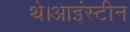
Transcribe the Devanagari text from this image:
थे।आइंस्टीन